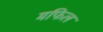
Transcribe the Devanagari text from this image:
मफिल